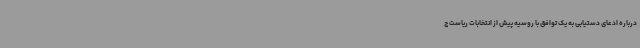
درباره ادعای دستیابی به یک توافق با روسیه پیش از انتخابات ریاست ج